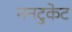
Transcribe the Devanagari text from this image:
ननटुकेट